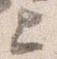
上